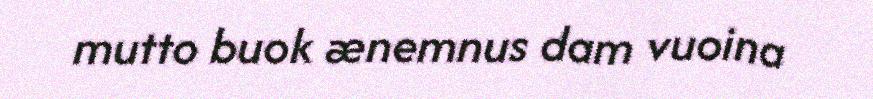
mutto buok ænemnus dam vuoina